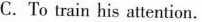
C. To train his attention.